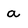
Character: a